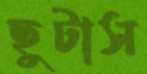
ছুটাস